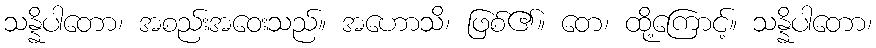
သန္နိပါတော၊ အစည်းအဝေးသည်။ အဟောသိ၊ ဖြစ်၏။ တေ၊ ထို့ကြောင့်။ သန္နိပါတော၊